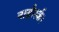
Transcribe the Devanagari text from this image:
नाय्नोर्स्क।